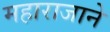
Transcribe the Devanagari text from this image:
महाराजाने